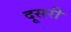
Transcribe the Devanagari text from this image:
दूसरी